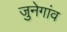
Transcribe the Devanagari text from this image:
जुनेगांव